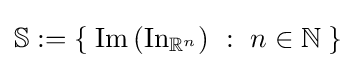
\mathbb {S} :=\left\{\;\operatorname {Im} \left(\operatorname {In} _{\mathbb {R} ^{n}}\right)~:~n\in \mathbb {N} \;\right\}